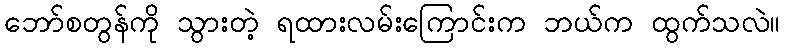
ဘော်စတွန်ကို သွားတဲ့ ရထားလမ်းကြောင်းက ဘယ်က ထွက်သလဲ။